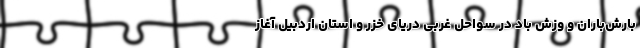
بارش‌باران و وزش باد در سواحل غربی دریای خزر و استان اردبیل آغاز